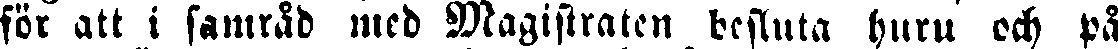
för att i samråd med Magistraten besluta huru och på